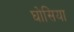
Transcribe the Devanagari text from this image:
घोसिया